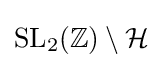
\mathrm {SL} _{2}(\mathbb {Z} )\setminus {\mathcal {H}}